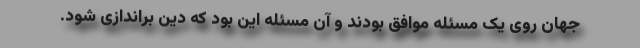
جهان روی یک مسئله موافق بودند و آن مسئله این بود که دین براندازی شود.